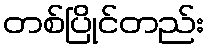
တစ်ပြိုင်တည်း